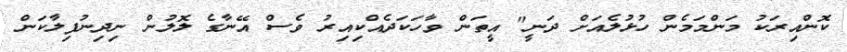
ކޮންއިރަކު މަންމަމެން ހުޅުލެއަށް ދަނީ" އީތަން ވާހަކަދެއްކިއިރު ވެސް އޭނާގެ ލޮލުން ނިދިނުފިލާކަން